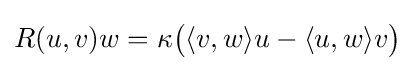
R(u,v)w=\kappa {\big (}\langle v,w\rangle u-\langle u,w\rangle v{\big )}